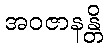
အဝဇာနန္တိ